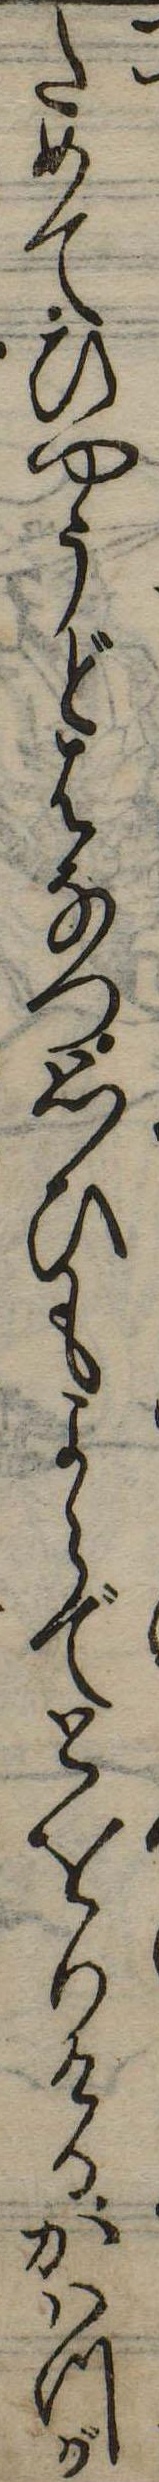
ためてひやうどはなつ思ひもよらでとをりけるかはつが